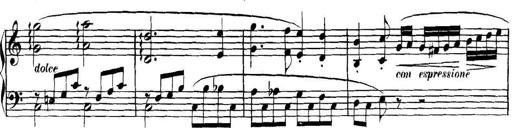
Title: Collected Piano Sonatas
Composer: Muzio Clementi